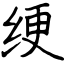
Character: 绠